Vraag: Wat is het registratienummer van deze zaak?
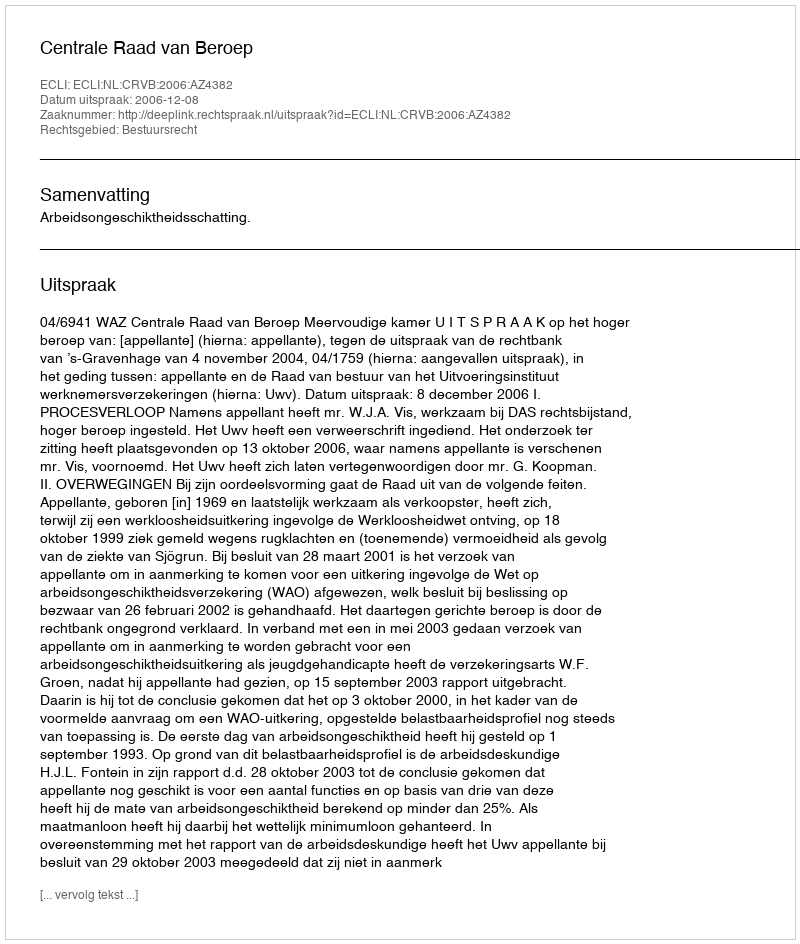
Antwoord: http://deeplink.rechtspraak.nl/uitspraak?id=ECLI:NL:CRVB:2006:AZ4382